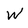
Character: W